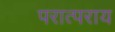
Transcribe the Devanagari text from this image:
परात्पराय